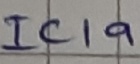
Text: IC1a